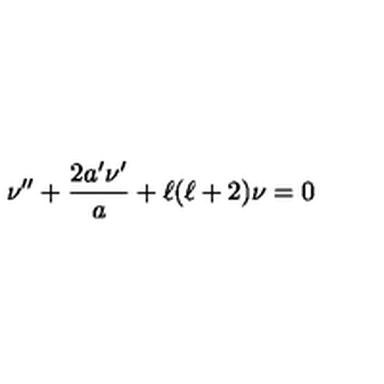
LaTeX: \nu ^ { \prime \prime } + \frac { 2 a ^ { \prime } \nu ^ { \prime } } { a } + \ell ( \ell + 2 ) \nu = 0